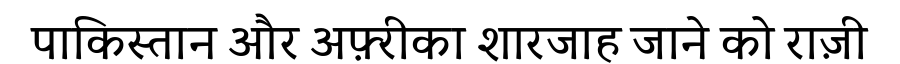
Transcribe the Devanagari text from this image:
पाकिस्तान और अफ़्रीका शारजाह जाने को राज़ी